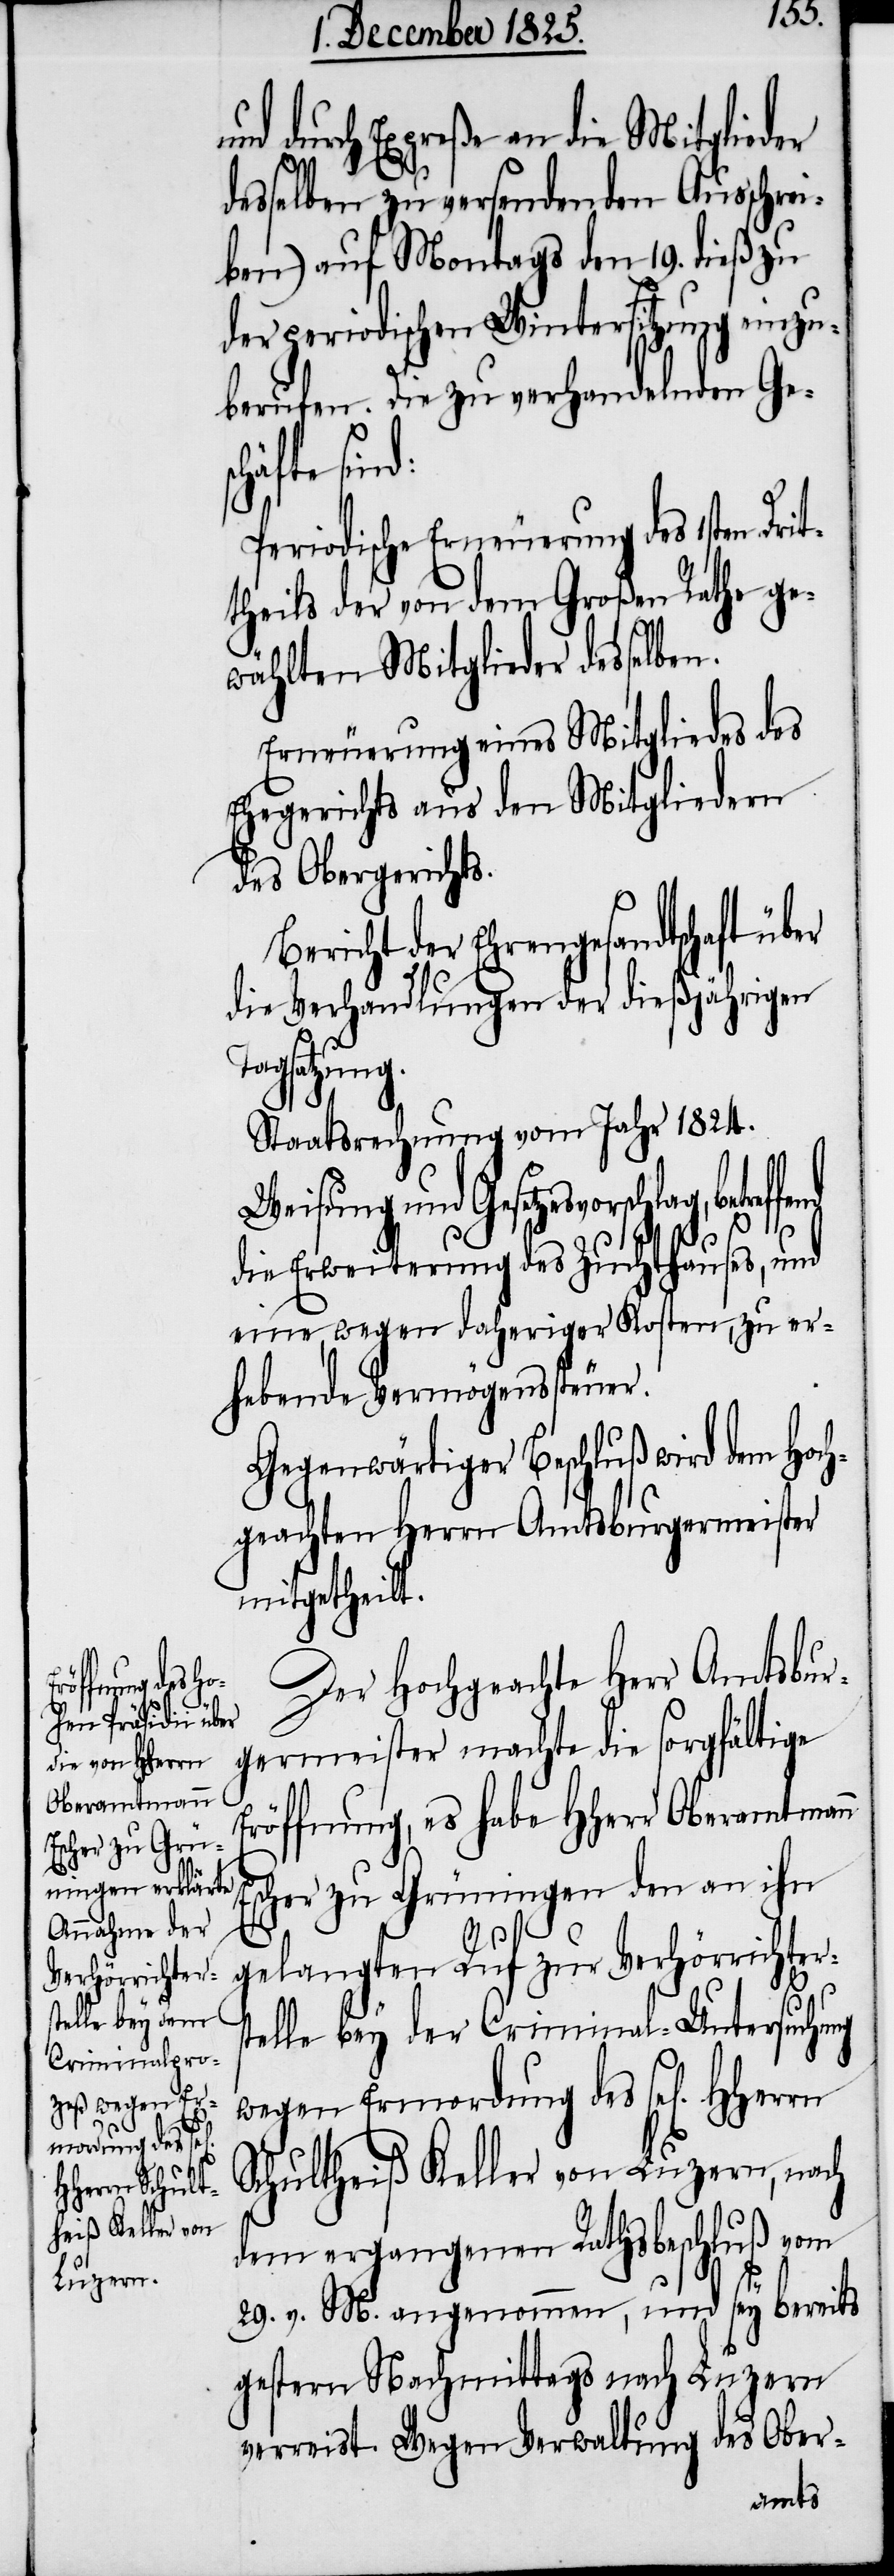
nd durch Expreße an die Mitglieder
desselben zu versendenden Ausschrei¬
ben) auf Montags den 19. dieß zu
der periodischen Wintersitzung einzu¬
berufen. Die zu verhandelnden Ges¬
chäfte
Periodische Erneuerung des 1sten Drit¬
theils der von dem Großen Rathe ge¬
wählten Mitglieder desselben.
Erneuerung eines Mitgliedes des
Ehegerichtes aus den Mitgliedern
des Obergerichts.
Bericht der Ehrengesandtschaft über
die Verhandlungen der dießjährigen
Tagsatzung.
Staatsrechnung vom Jahr 1824.
Weisung und Gesetzesvorschlag, betre¬
ffend
die Erweiterung des Zuchthauses, und
eine, wegen daheriger Kosten, zu er¬
hebende Vermögenssteuer.
Gegenwärtiger Beschluß wird dem Hoch¬
geachten Herrn Amtsburgermeister
mitgetheilt.
Der Hochgeachte Herr Amtsbur¬
germeister machte die sorgfältige
Eröffnung, es habe HHerr Oberamtmann
Escher zu Grüningen den an ihn
gelangten Ruf zur Verhörrichters¬
u¬
telle bey der Criminal-Untersuchung
wegen Ermordung des sel[igen]
Schultheiß Keller von Luzern, nach
dem ergangenen Rathsbeschluß vom
29. v. M. angenommen, und sey bereits
gestern Nachmittags nach Luzern
verreist. Wegen Verwaltung des Ober-